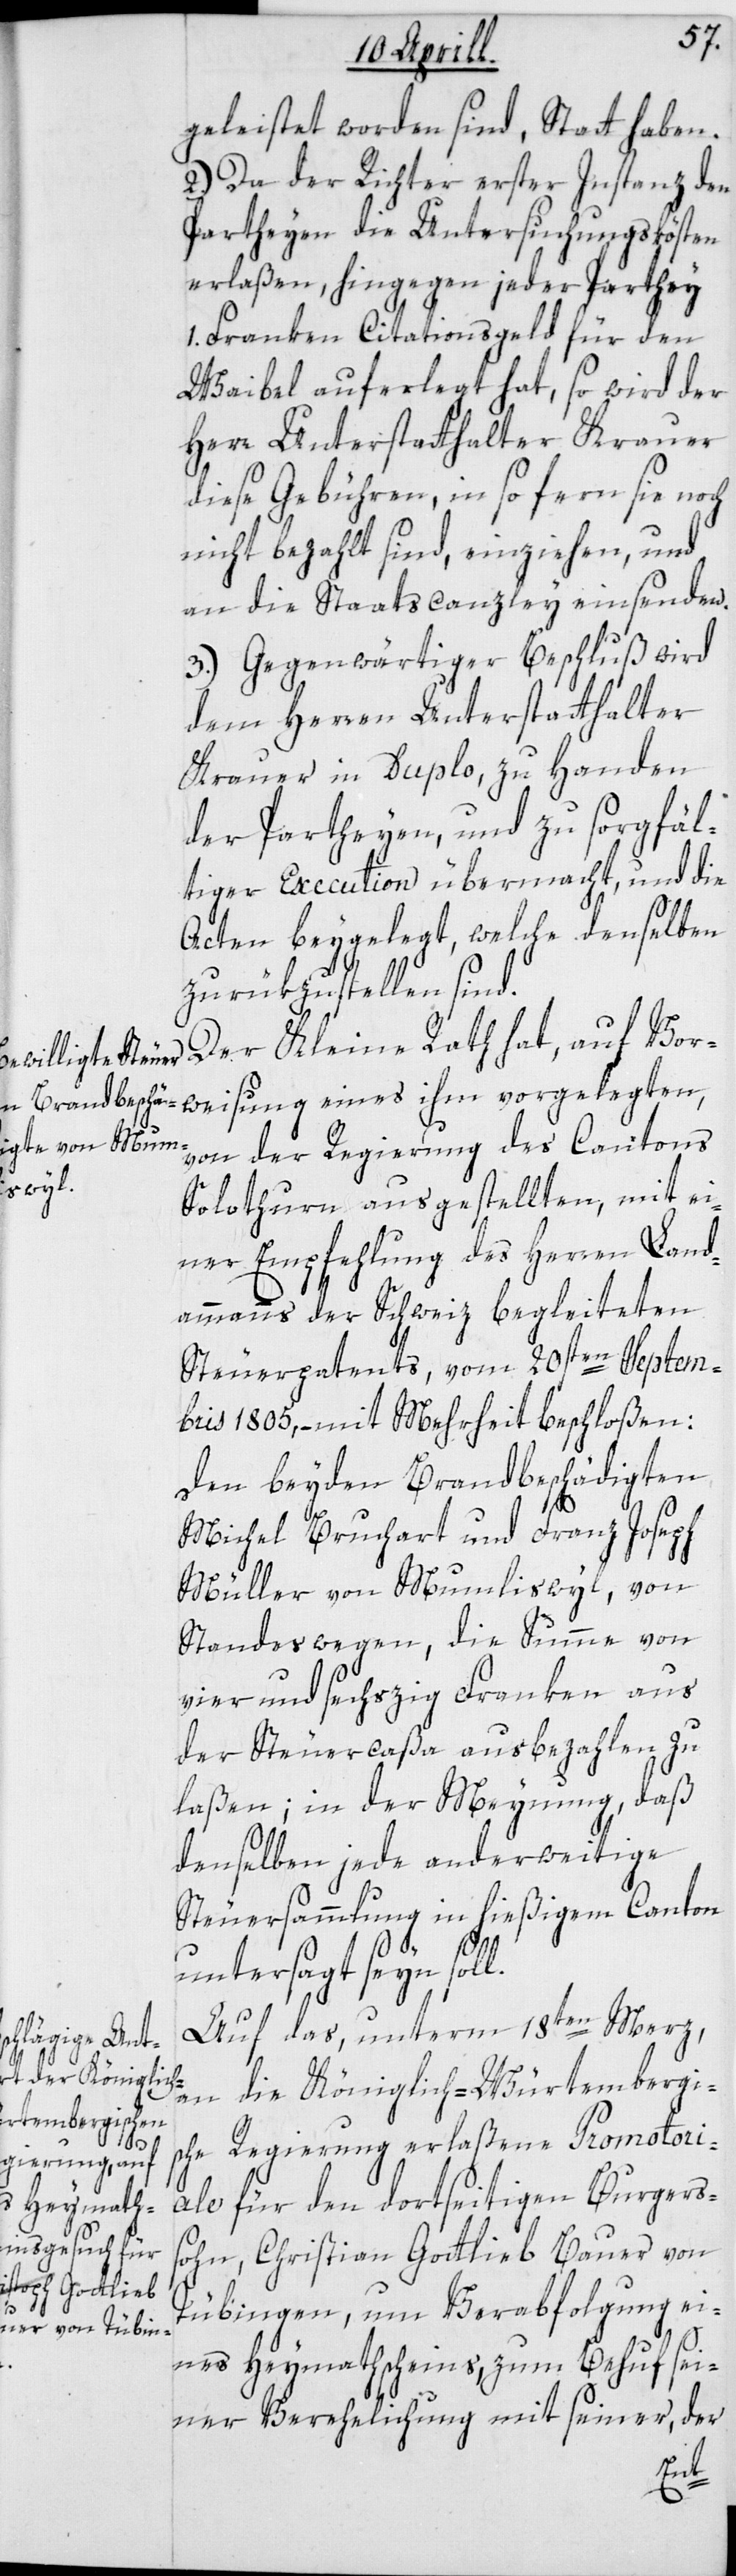
geleistet worden sind, Statt haben.
2.) Da der Richter erster Instanz den
Partheyen die Untersuchungskösten
erlaßen, hingegen jeder Parthey
1. Franken Citationsgeld für den
Waibel auferlegt hat, so wird der
Herr Unterstatthalter Krauer
diese Gebühren, in so fern sie noch
nicht bezahlt sind, einziehen, und
an die Staatscanzley einsenden.
3.) Gegenwärtiger Beschluß wird
dem Herren Unterstatthalter
Krauer in Duplo, zu Handen
der Partheyen, und zu sorgfäl¬
tiger Execution übermacht, und die
Acten beygelegt, welche denselben
zurückzustellen sind.
Der Kleine Rath hat, auf Vor¬
weisung eines ihm vorgelegten,
von der Regierung des Cantons
Solothurn ausgestellten, mit ei¬
ner Empfehlung des Herren Land¬
ammanns der Schweiz begleiteten
Steuerpatents vom 20sten Septem¬
bris 1805, – mit Mehrheit beschloßen:
Den beyden Brandbeschädigten
Michel Bruchart und Franz Joseph
Müller von Mumliswyl, von
Standeßwegen, die Summe von
vier und sechzig Franken aus
der Steuercaßa ausbezahlen zu
laßen; in der Meynung, daß
denselben jede anderweitige
Steuersammlung in hießigem Canton
untersagt seyn soll.
Auf das, unterm 18ten Merz,
an die Königlich-Würtembergi¬
sche Regierung erlaßene Promotori¬
ale für den dortseitigen Burgers¬
[sic!] Gottlieb
Tübingen, um Verabfolgung ei¬
nes Heymathscheins zum Behuf sei¬
ner Verehelichung mit seiner, der
sohn,